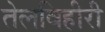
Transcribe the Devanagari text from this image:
तेलविहीरी